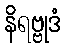
နိရဗ္ဗုဒံ